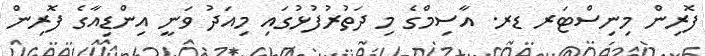
ފޮރިން މިނިސްޓަރ ޑރ. އާސިމްގެ މި ދަތުރުފުޅުގައި މިއަދު ވަނީ އިންޑިއާގެ ފޮރިން